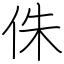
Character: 侏